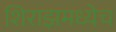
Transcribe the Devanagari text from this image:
शिराझमध्येच